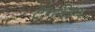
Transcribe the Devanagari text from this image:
टेंगरीन